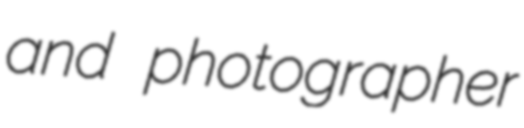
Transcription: and photographer